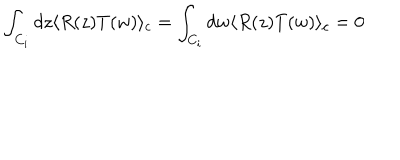
\int _ { C _ { i } } d z \langle R ( z ) T ( w ) \rangle _ { c } = \int _ { C _ { i } } d w \langle R ( z ) T ( w ) \rangle _ { c } = 0